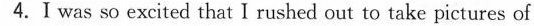
4.Ⅰ was so excited that I rushed out to take pictures of